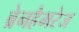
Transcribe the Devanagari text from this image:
ब्रेनहैमरेज